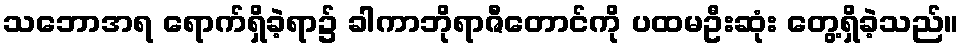
သဘောအရ ရောက်ရှိခဲ့ရာ၌ ခါကာဘိုရာဇီတောင်ကို ပထမဦးဆုံး တွေ့ရှိခဲ့သည်။